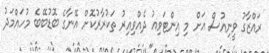
ރައްޒާގު ވީނިއުސް އަށް މި އިންޓަވިއު ދެއްވިއިރު ތަކުރާރުކޮށް އޭނާގެ ބޮޑުބޭބެ މުހައްމަދު